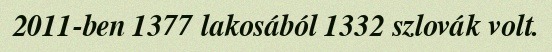
2011-ben 1377 lakosából 1332 szlovák volt.